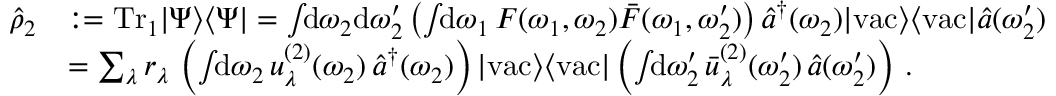
\begin{array} { r l } { \hat { \rho } _ { 2 } } & { : = \mathrm { T r } _ { 1 } | \Psi \rangle \langle \Psi | = \int \! \! \mathrm { d } \omega _ { 2 } \mathrm { d } \omega _ { 2 } ^ { \prime } \left( \int \! \! \mathrm { d } \omega _ { 1 } \, F ( \omega _ { 1 } , \omega _ { 2 } ) \bar { F } ( \omega _ { 1 } , \omega _ { 2 } ^ { \prime } ) \right) \hat { a } ^ { \dagger } ( \omega _ { 2 } ) | \mathrm { v a c } \rangle \langle \mathrm { v a c } | \hat { a } ( \omega _ { 2 } ^ { \prime } ) } \\ & { = \sum _ { \lambda } r _ { \lambda } \, \left( \int \! \! \mathrm { d } \omega _ { 2 } \, u _ { \lambda } ^ { ( 2 ) } ( \omega _ { 2 } ) \, \hat { a } ^ { \dagger } ( \omega _ { 2 } ) \right) | \mathrm { v a c } \rangle \langle \mathrm { v a c } | \left( \int \! \! \mathrm { d } \omega _ { 2 } ^ { \prime } \, \bar { u } _ { \lambda } ^ { ( 2 ) } ( \omega _ { 2 } ^ { \prime } ) \, \hat { a } ( \omega _ { 2 } ^ { \prime } ) \right) \, . } \end{array}